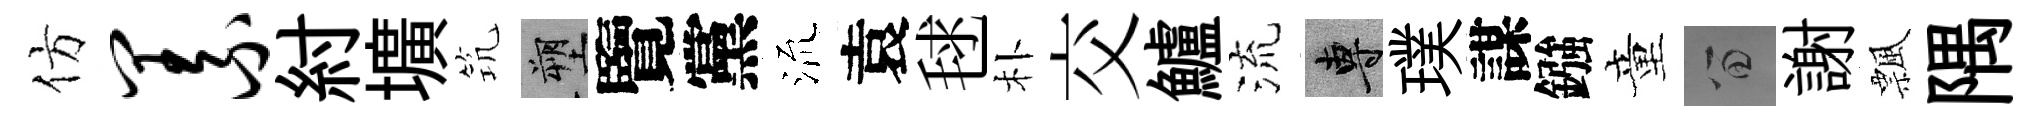
仿义紂壙𥬑塑覽黨𣴑袁毬朴交鱸流專璞謀鏹童留謝飄隅